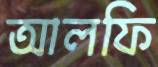
আলফি